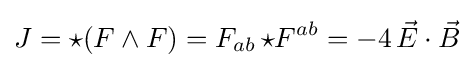
J=\star (F\wedge F)=F_{ab}\,{\star F}^{ab}=-4\,{\vec {E}}\cdot {\vec {B}}